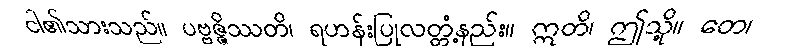
ငါ၏သားသည်။ ပဗ္ဗဇ္ဇိဿတိ၊ ရဟန်းပြုလတ္တံ့နည်း။ ဣတိ၊ ဤသို့။ တေ၊